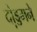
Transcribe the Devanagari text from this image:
दो़ड्डमने